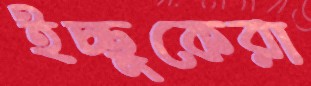
ইচ্ছুকেরা